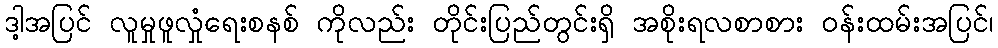
ဒါ့အပြင် လူမှုဖူလှုံရေးစနစ် ကိုလည်း တိုင်းပြည်တွင်းရှိ အစိုးရလစာစား ဝန်းထမ်းအပြင်၊